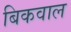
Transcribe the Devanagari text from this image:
बिकवाल